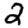
Digit: 2